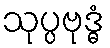
သုပ္ပဗုဒ္ဓံ